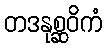
တဒနုစ္ဆဝိကံ